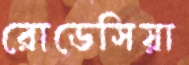
রোডেসিয়া